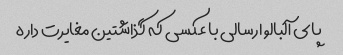
پاى آلبالو ارسالى با عکسى که گذاشتین مغایرت داره